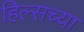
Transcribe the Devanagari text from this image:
हिल्सच्या